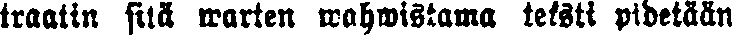
traatin sitä warten wahwistama teksti pidetään